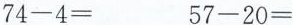
$$74-4=$$ $$57-20=$$